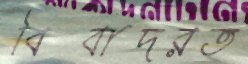
বিবাদরত